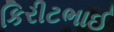
કિરીટભાઈ